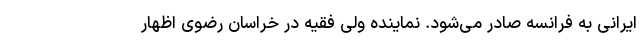
ایرانی به فرانسه صادر می‌شود. نماینده ولی فقیه در خراسان رضوی اظهار